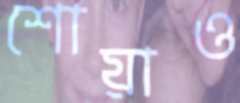
শোয়াও